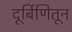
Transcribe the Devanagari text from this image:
दूर्बिणितून